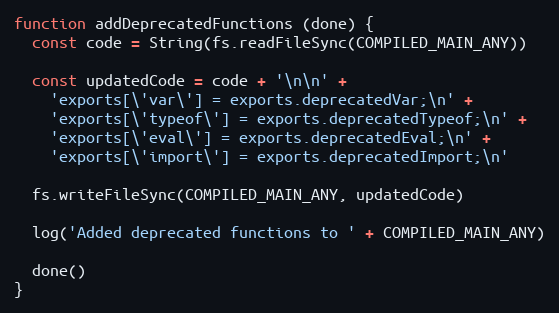
Language: JavaScript
function addDeprecatedFunctions (done) {
  const code = String(fs.readFileSync(COMPILED_MAIN_ANY))

  const updatedCode = code + '\n\n' +
    'exports[\'var\'] = exports.deprecatedVar;\n' +
    'exports[\'typeof\'] = exports.deprecatedTypeof;\n' +
    'exports[\'eval\'] = exports.deprecatedEval;\n' +
    'exports[\'import\'] = exports.deprecatedImport;\n'

  fs.writeFileSync(COMPILED_MAIN_ANY, updatedCode)

  log('Added deprecated functions to ' + COMPILED_MAIN_ANY)

  done()
}